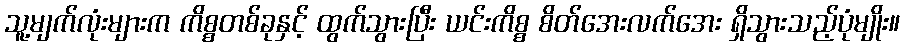
သူ့မျက်လုံးများက ကိစ္စတစ်ခုနှင့် ထွက်သွားပြီး ယင်းကိစ္စ စိတ်အေးလက်အေး ရှိသွားသည့်ပုံမျိုး။